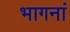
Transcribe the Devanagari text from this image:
भागनां